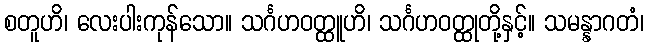
စတူဟိ၊ လေးပါးကုန်သော။ သင်္ဂဟဝတ္ထူဟိ၊ သင်္ဂဟဝတ္ထုတို့နှင့်။ သမန္နာဂတံ၊